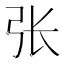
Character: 张